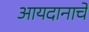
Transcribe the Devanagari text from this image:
आयदानाचे